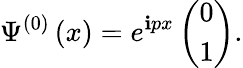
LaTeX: \Psi^{\left(0\right)}\left(x\right)=e^{\mathbf{i}px}\left(\begin{array}{c}{{0}}\\ {{1}}\end{array}\right).